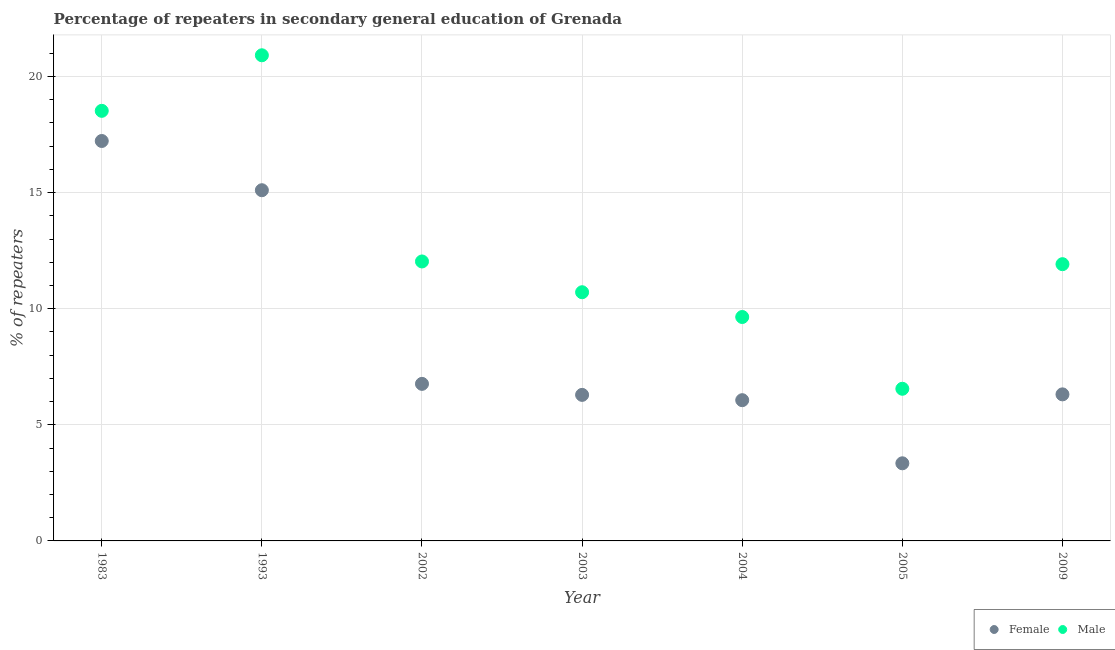
| Year | Female | Male |
 | --- | --- | --- |
 | 1983 | 17.2 | 18.5 |
 | 1993 | 15.1 | 20.9 |
 | 2002 | 6.76 | 12 |
 | 2003 | 6.29 | 10.7 |
 | 2004 | 6.06 | 9.64 |
 | 2005 | 3.34 | 6.55 |
 | 2009 | 6.31 | 11.9 |